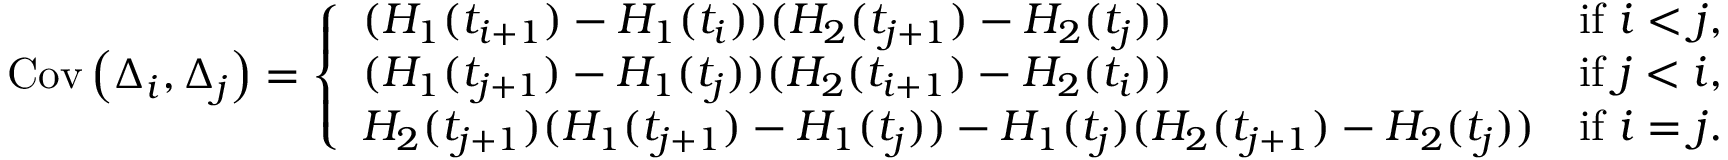
\mathrm { C o v } \left( \Delta _ { i } , \Delta _ { j } \right) = \left\{ \begin{array} { l l } { ( H _ { 1 } ( t _ { i + 1 } ) - H _ { 1 } ( t _ { i } ) ) ( H _ { 2 } ( t _ { j + 1 } ) - H _ { 2 } ( t _ { j } ) ) } & { \mathrm { i f ~ } i < j , } \\ { ( H _ { 1 } ( t _ { j + 1 } ) - H _ { 1 } ( t _ { j } ) ) ( H _ { 2 } ( t _ { i + 1 } ) - H _ { 2 } ( t _ { i } ) ) } & { \mathrm { i f ~ } j < i , } \\ { H _ { 2 } ( t _ { j + 1 } ) ( H _ { 1 } ( t _ { j + 1 } ) - H _ { 1 } ( t _ { j } ) ) - H _ { 1 } ( t _ { j } ) ( H _ { 2 } ( t _ { j + 1 } ) - H _ { 2 } ( t _ { j } ) ) } & { \mathrm { i f ~ } i = j . } \end{array} \right.